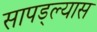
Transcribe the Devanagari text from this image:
सापड्ल्यास